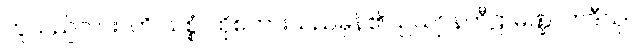
ဟူသည်ကား။ ဟိ သစ္စံ၊ ထိုစကားသည်မှန်၏။ ဥယျာနကီဠာမဏ္ဍလာဒီသု၊